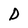
Character: D